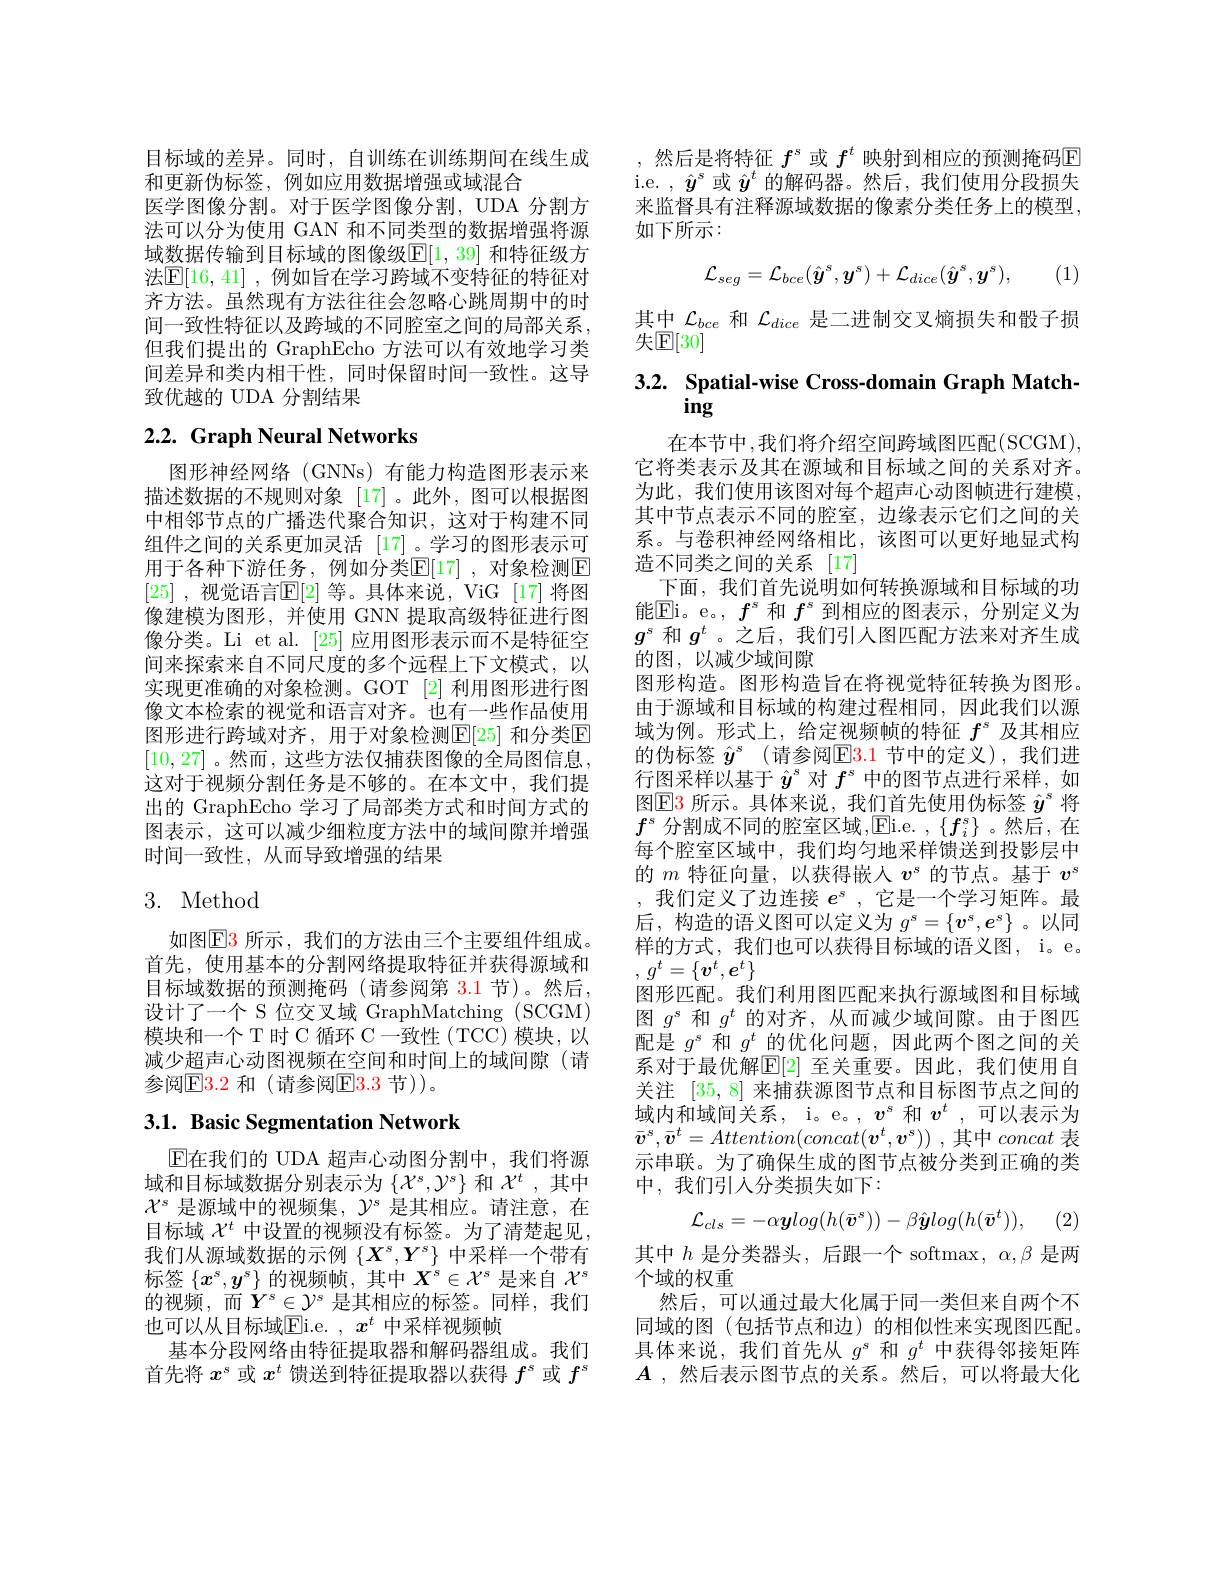
目标域的差异。同时，自训练在训练期间在线生成
和更新伪标签，例如应用数据增强或域混合
医学图像分割。对于医学图像分割，UDA 分割方法可以分为使用 GAN 和不同类型的数据增强将源域数据传输到目标域的图像级$\mathbb{E}[1,39]$ 和特征级方法$\mathbb{E}[16,41]$ ,例如旨在学习跨域不变特征的特征对齐方法。虽然现有方法往往会忽略心跳周期中的时间一致性特征以及跨域的不同腔室之间的局部关系， 但我们提出的 GraphEcho 方法可以有效地学习类间差异和类内相干性，同时保留时间一致性。这导致优越的 UDA 分割结果

# 2.2. Graph Neural Networks

图形神经网络(GNNs)有能力构造图形表示来描述数据的不规则对象[17]。此外，图可以根据图中相邻节点的广播迭代聚合知识，这对于构建不同组件之间的关系更加灵活 [17]。学习的图形表示可用于各种下游任务，例如分类$\mathbb{E}[17]$ ,对象检测$\mathbb{E}$ [25] ,视觉语言$\mathbb{E}[2]$ 等。具体来说，ViG [17] 将图像建模为图形，并使用 GNN 提取高级特征进行图像分类。Li et al.[25]应用图形表示而不是特征空间来探索来自不同尺度的多个远程上下文模式，以实现更准确的对象检测。GOT [2] 利用图形进行图像文本检索的视觉和语言对齐。也有一些作品使用图形进行跨域对齐，用于对象检测$\mathbb{E}[25]$ 和分类$\mathbb{E}$ [10,27]。然而，这些方法仅捕获图像的全局图信息， 这对于视频分割任务是不够的。在本文中，我们提出的 GraphEcho 学习了局部类方式和时间方式的图表示，这可以减少细粒度方法中的域间隙并增强时间一致性，从而导致增强的结果

## 3. Method

如图$\operatorname{E3}$ 所示，我们的方法由三个主要组件组成。首先，使用基本的分割网络提取特征并获得源域和目标域数据的预测掩码(请参阅第 3.1 节)。然后， 设计了一个 S 位交叉域 GraphMatching (SCGM) 模块和一个 T 时 C 循环 C 一致性 (TCC) 模块，以减少超声心动图视频在空间和时间上的域间隙(请参阅$\mathbb{E}3.2$ 和 (请参阅$\mathbb{E}3.3$ 节))。

## 3.1. Basic Segmentation Network

$\operatorname{E}$在我们的 UDA 超声心动图分割中，我们将源域和目标域数据分别表示为$\{\mathcal{X}^s,\mathcal{Y}^s\}$和$\mathcal{X}^t$,其中$\chi^s$是源域中的视频集，$\gamma^s$是其相应。请注意，在目标域$\chi^t$中设置的视频没有标签。为了清楚起见， 我们从源域数据的示例$\{X^s,Y^s\}$中采样一个带有标签$\{x^s,y^s\}$的视频帧，其中$X^s\in\mathcal{X}^s$是来自$\mathcal{X}^s$ 的视频，而$\dot{Y}^s\in\mathcal{Y}^s$ 是其相应的标签。同样，我们也可以从目标域$\overline{\mathrm{Ei.e.~}},x^t$ 中采样视频帧
基本分段网络由特征提取器和解码器组成。我们首先将$x^s$或$x^t$馈送到特征提取器以获得$f^\mathrm{s}$或$f^\mathrm{s}$

,然后是将特征$f^s$或$f^t$映射到相应的预测掩码E i.e. $,\hat{y}^s$或$\hat{y}^t$的解码器。然后，我们使用分段损失来监督具有注释源域数据的像素分类任务上的模型， 如下所示：
$$\mathcal{L}_{seg}=\mathcal{L}_{bce}(\hat{y}^{s},\boldsymbol{y}^{s})+\mathcal{L}_{dice}(\hat{\boldsymbol{y}}^{s},\boldsymbol{y}^{s}),$$
(1)

其中$\mathcal{L}_{bce}$和$\mathcal{L}_dice$是二进制交叉熵损失和骰子损
$\hat{\text{失}\mathbb{E}}[30]$
3.2. Spatial-wise Cross-domain Graph Match-

在本节中，我们将介绍空间跨域图匹配(SCGM), 它将类表示及其在源域和目标域之间的关系对齐。为此，我们使用该图对每个超声心动图帧进行建模， 其中节点表示不同的腔室，边缘表示它们之间的关系。与卷积神经网络相比，该图可以更好地显式构造不同类之间的关系 [17]
下面，我们首先说明如何转换源域和目标域的功能$\boxed{\mathrm{Ei。e。,}}f^s$和$f^s$到相应的图表示，分别定义为$g^s$和$g^t$ 。之后，我们引人图匹配方法来对齐生成的图，以减少域间隙
图形构造。图形构造旨在将视觉特征转换为图形。由于源域和目标域的构建过程相同，因此我们以源域为例。形式上，给定视频帧的特征$f^s$及其相应的伪标签 $\hat{y} ^s$ (请参阅$\mathbb{E}\color{red}3.1$ 节中的定义),我们进行图采样以基于$\hat{y}^s$对$f^s$中的图节点进行采样，如图$\boxed{\mathrm{E}}3$所示。具体来说，我们首先使用伪标签$\hat{y}^\mathrm{s}$将$f^s$分割成不同的腔室区域，Ei. e. , $\{ f_i^s\}$ 。然后，在每个腔室区域中，我们均匀地采样馈送到投影层中的$m$特征向量，以获得嵌人$v^s$的节点。基于$v^\mathrm{s}$ ,我们定义了边连接$e^s$,它是一个学习矩阵。最后，构造的语义图可以定义为$g^s=\{v^s,e^s\}$ 。以同样的方式，我们也可以获得目标域的语义图，i。e。, $g^t= \{ \boldsymbol{v}^t, e^t\}$
图形匹配。我们利用图匹配来执行源域图和目标域图$g^\mathrm{s}$和$g^t$的对齐，从而减少域间隙。由于图匹配是$g^s$和$g^t$的优化问题，因此两个图之间的关系对于最优解$\mathbb{E}[2]$ 至关重要。因此，我们使用自关注[35,8]来捕获源图节点和目标图节点之间的域内和域间关系，i。e。, $v^s$和$v^t$ ,可以表示为$\bar{\boldsymbol{v}} ^s, \bar{\boldsymbol{v}} ^t= Attention( concat( \boldsymbol{v}^t, \boldsymbol{v}^s) )$ ,其中 concat 表示串联。为了确保生成的图节点被分类到正确的类中，我们引人分类损失如下：
$$\mathcal{L}_{cls}=-\alpha\boldsymbol{y}log(h(\bar{\boldsymbol{v}}^s))-\beta\hat{\boldsymbol{y}}log(h(\bar{\boldsymbol{v}}^t)),$$
(2)

其中$h$是分类器头，后跟一个 softmax, $\alpha,\beta$是两
个域的权重
然后，可以通过最大化属于同一类但来自两个不同域的图(包括节点和边)的相似性来实现图匹配。具体来说，我们首先从$g^\mathrm{s}$和$g^t$中获得邻接矩阵$A$ ,然后表示图节点的关系。然后，可以将最大化